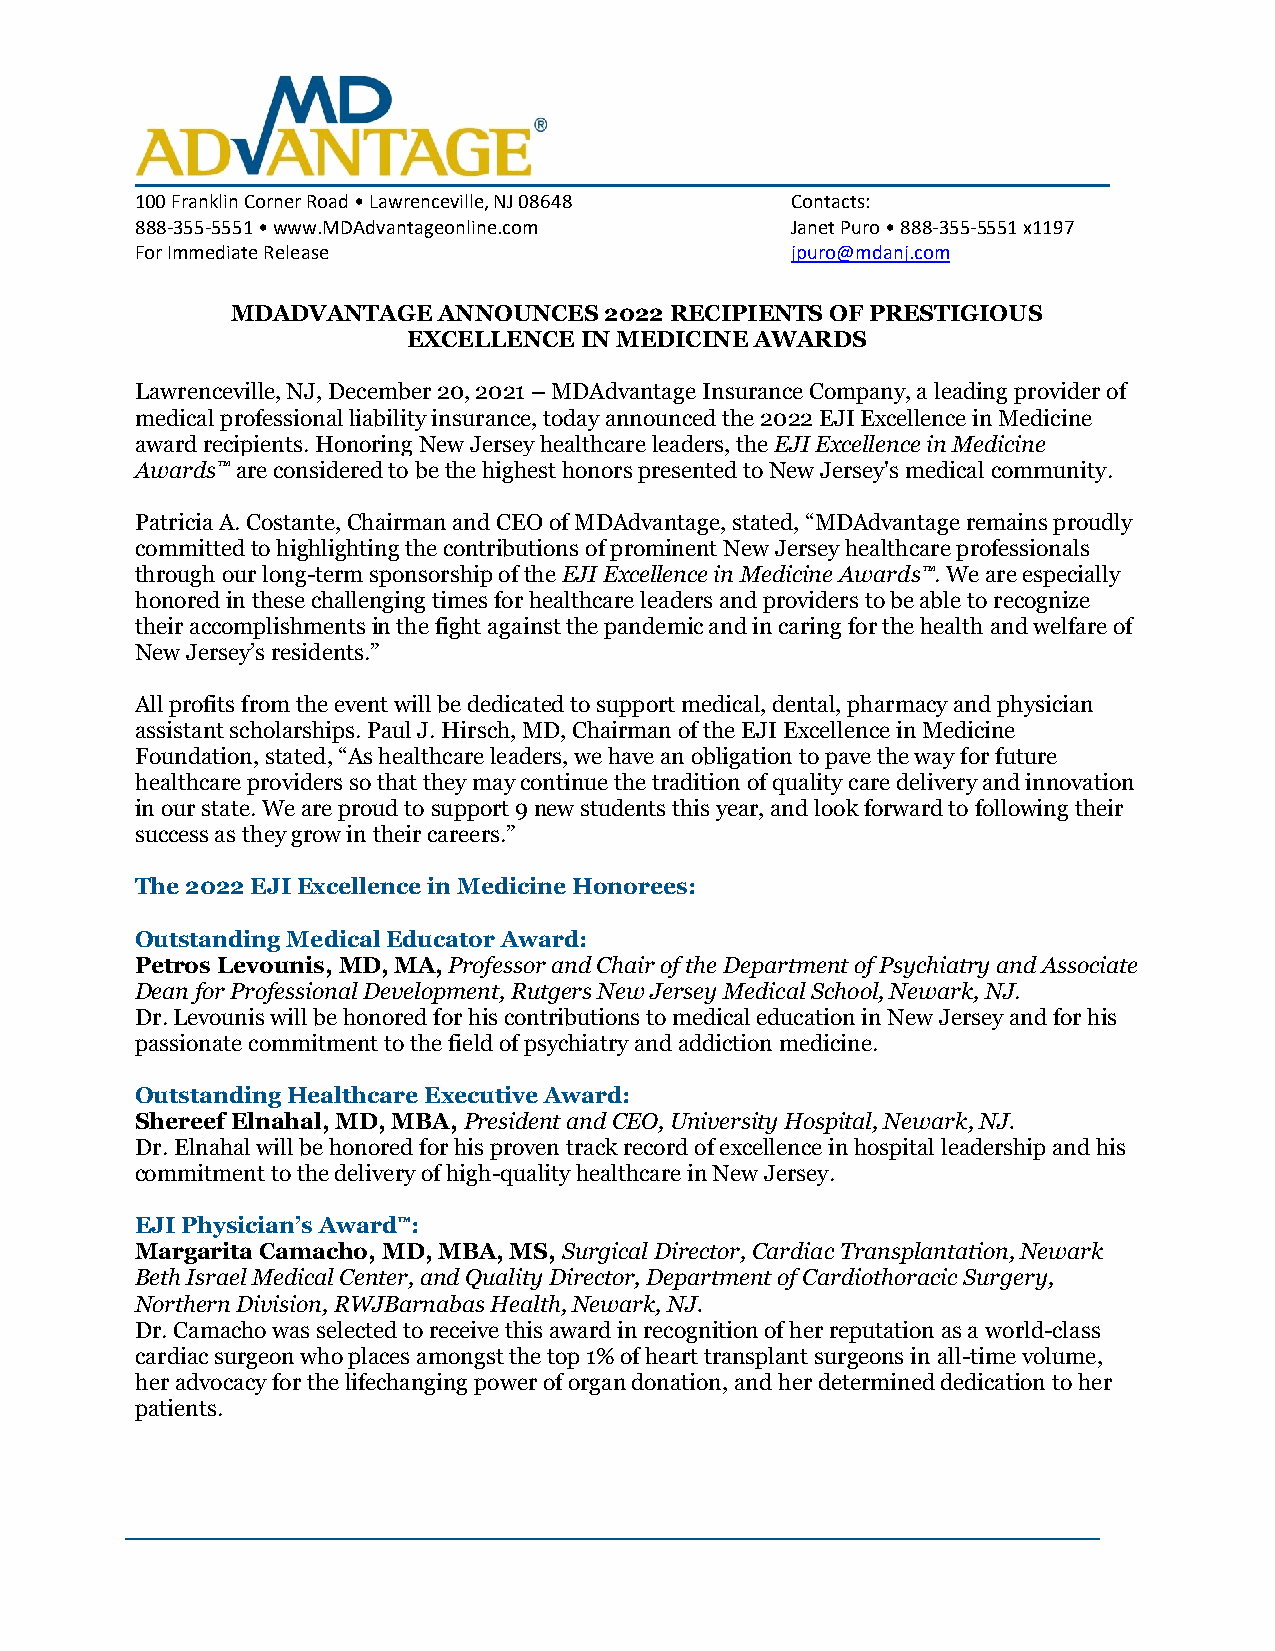
100 Franklin Corner Road • Lawrenceville, NJ 08648 Contacts:
 888-355-5551 • www.MDAdvantageonline.com   Janet Puro • 888-355-5551 x1197
 For Immediate Release                      jpuro@mdanj.com
 MDADVANTAGE   ANNOUNCES  2022 RECIPIENTS OF PRESTIGIOUS
 EXCELLENCE IN MEDICINE AWARDS
 Lawrenceville, NJ, December 20, 2021 – MDAdvantage Insurance Company, a leading provider of
 medical professional liability insurance, today announced the 2022 EJI Excellence in Medicine
 award recipients. Honoring New Jersey healthcare leaders, the EJI Excellence in Medicine
 Awards™ are considered to be the highest honors presented to New Jersey's medical community.
 Patricia A. Costante, Chairman and CEO of MDAdvantage, stated, “MDAdvantage remains proudly
 committed to highlighting the contributions of prominent New Jersey healthcare professionals
 through our long-term sponsorship of the EJI Excellence in Medicine Awards™. We are especially
 honored in these challenging times for healthcare leaders and providers to be able to recognize
 their accomplishments in the fight against the pandemic and in caring for the health and welfare of
 New Jersey’s residents.”
 All profits from the event will be dedicated to support medical, dental, pharmacy and physician
 assistant scholarships. Paul J. Hirsch, MD, Chairman of the EJI Excellence in Medicine
 Foundation, stated, “As healthcare leaders, we have an obligation to pave the way for future
 healthcare providers so that they may continue the tradition of quality care delivery and innovation
 in our state. We are proud to support 9 new students this year, and look forward to following their
 success as they grow in their careers.”
 The 2022 EJI Excellence in Medicine Honorees:
 Outstanding Medical Educator Award:
 Petros Levounis, MD, MA, Professor and Chair of the Department of Psychiatry and Associate
 Dean for Professional Development, Rutgers New Jersey Medical School, Newark, NJ.
 Dr. Levounis will be honored for his contributions to medical education in New Jersey and for his
 passionate commitment to the field of psychiatry and addiction medicine.
 Outstanding Healthcare Executive Award:
 Shereef Elnahal, MD, MBA, President and CEO, University Hospital, Newark, NJ.
 Dr. Elnahal will be honored for his proven track record of excellence in hospital leadership and his
 commitment to the delivery of high-quality healthcare in New Jersey.
 EJI Physician’s Award™:
 Margarita Camacho, MD, MBA, MS, Surgical Director, Cardiac Transplantation, Newark
 Beth Israel Medical Center, and Quality Director, Department of Cardiothoracic Surgery,
 Northern Division, RWJBarnabas Health, Newark, NJ.
 Dr. Camacho was selected to receive this award in recognition of her reputation as a world-class
 cardiac surgeon who places amongst the top 1% of heart transplant surgeons in all-time volume,
 her advocacy for the lifechanging power of organ donation, and her determined dedication to her
 patients.